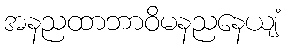
အနညထာဘာဝိမနညနေယျံ